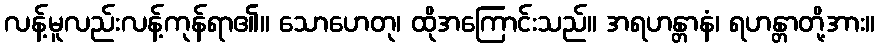
လန့်မူလည်းလန့်ကုန်ရာ၏။ သောဟေတု၊ ထိုအကြောင်းသည်။ အရဟန္တာနံ၊ ရဟန္တာတို့အား။